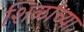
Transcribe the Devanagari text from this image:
शिळांच्या